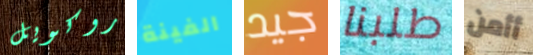
روكويل الفينة جيد طلبنا أأمن